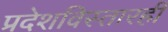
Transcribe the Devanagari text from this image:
प्रदेशविस्तारही